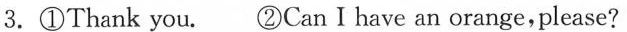
3.①Thank you. ②Can Ⅰ have an orange,please?